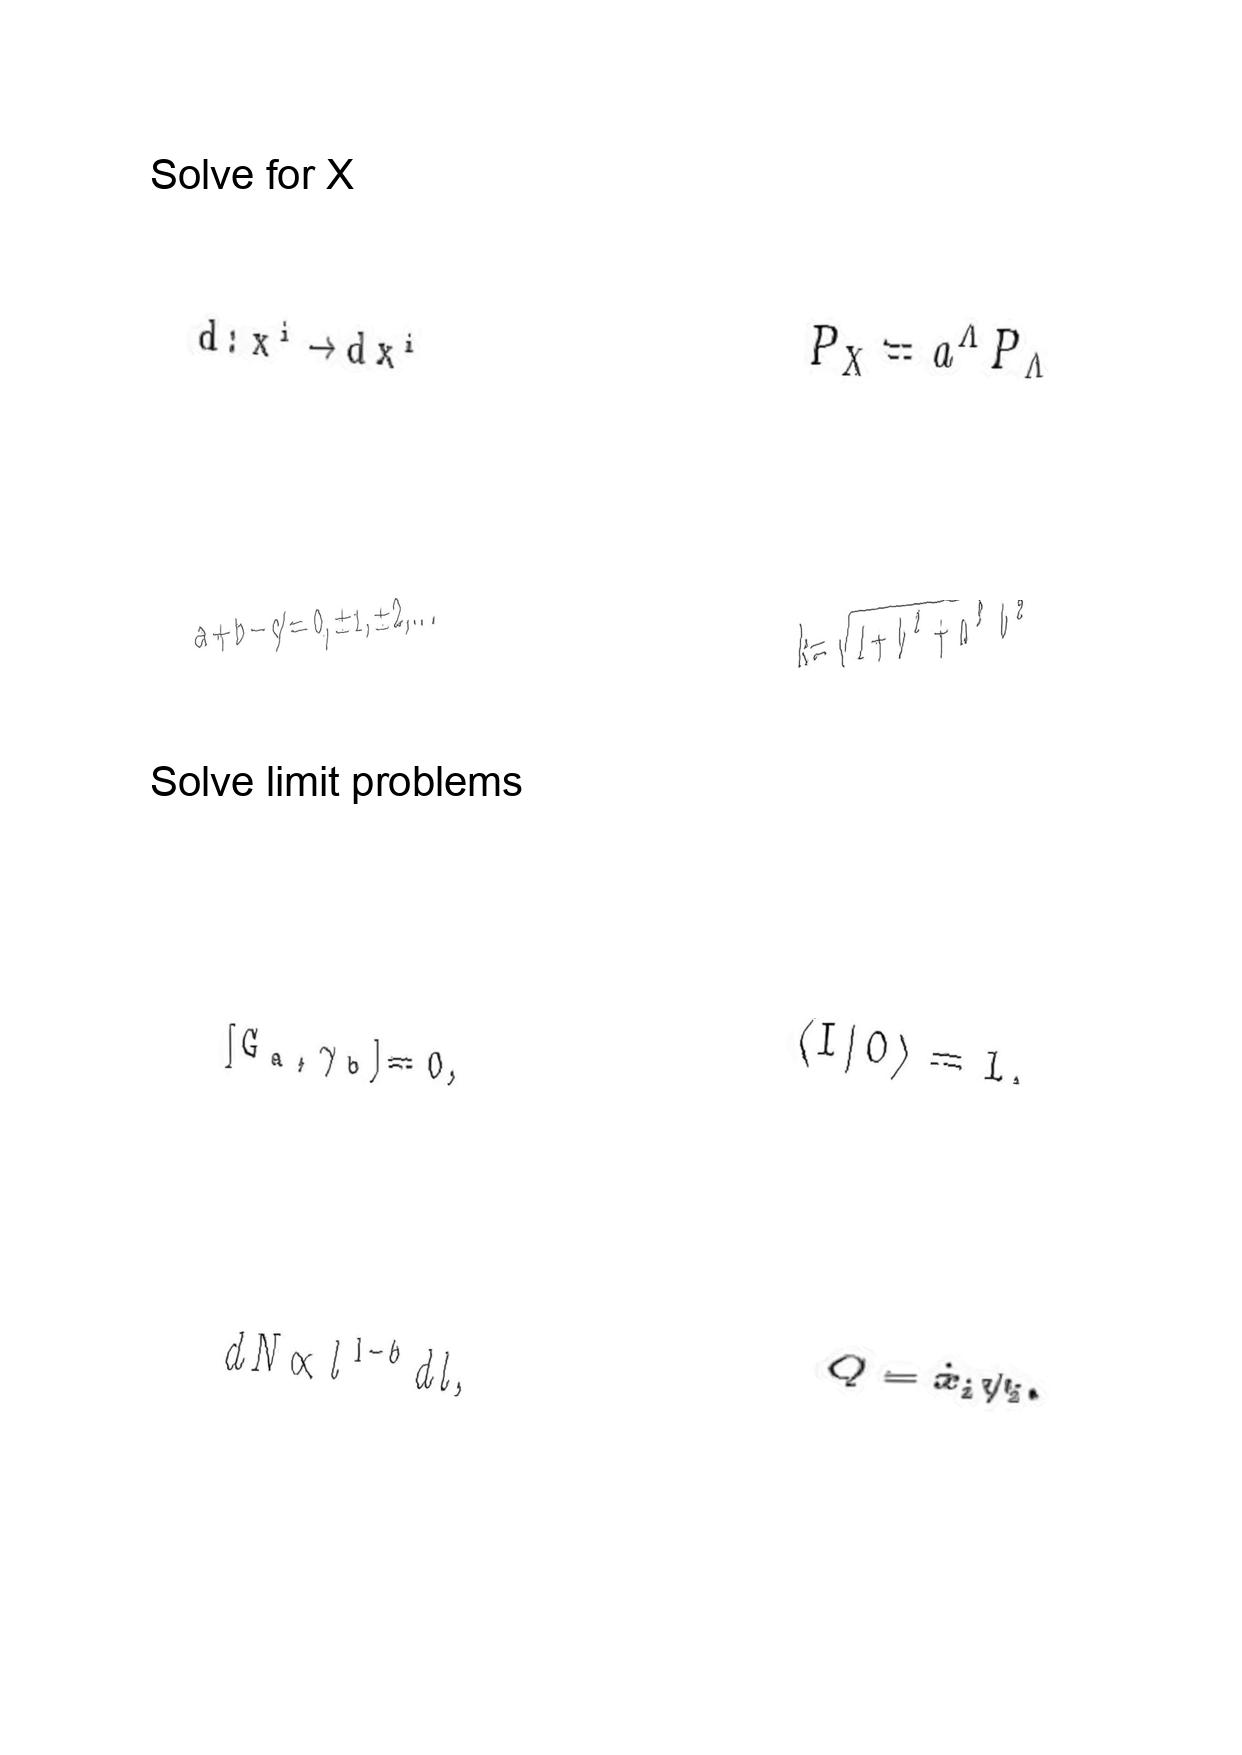
LaTeX transcription:
d : x ^ { i } \rightarrow d x ^ { i }
a + b - c \neq 0 , \pm 1 , \pm 2 , \ldots
\lbrack G _ { a } , \gamma _ { b } \rbrack = 0 ,
d N \propto l ^ { 1 - b } d l ,
P _ { X } = a ^ { \Lambda } P _ { \Lambda }
k = \sqrt { 1 + b ^ { 2 } + a ^ { 2 } b ^ { 2 } }
\langle I \vert 0 \rangle = 1 ,
Q = \dot { x } _ { i } \psi _ { i } .